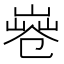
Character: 𠨤